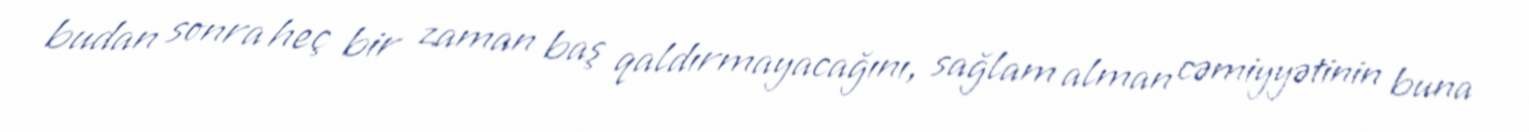
budan sonra heç bir zaman baş qaldırmayacağını, sağlam alman cəmiyyətinin buna